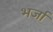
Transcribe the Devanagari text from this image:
भर्जा